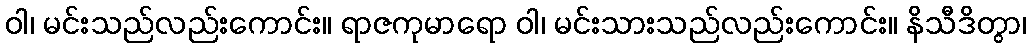
ဝါ၊ မင်းသည်လည်းကောင်း။ ရာဇကုမာရော ဝါ၊ မင်းသားသည်လည်းကောင်း။ နိသီဒိတွာ၊